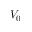
V _ { 0 }